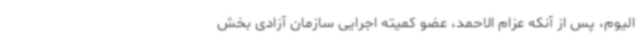
الیوم، پس از آنکه عزام الاحمد، عضو کمیته اجرایی سازمان آزادی بخش